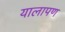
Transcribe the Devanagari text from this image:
यालापण